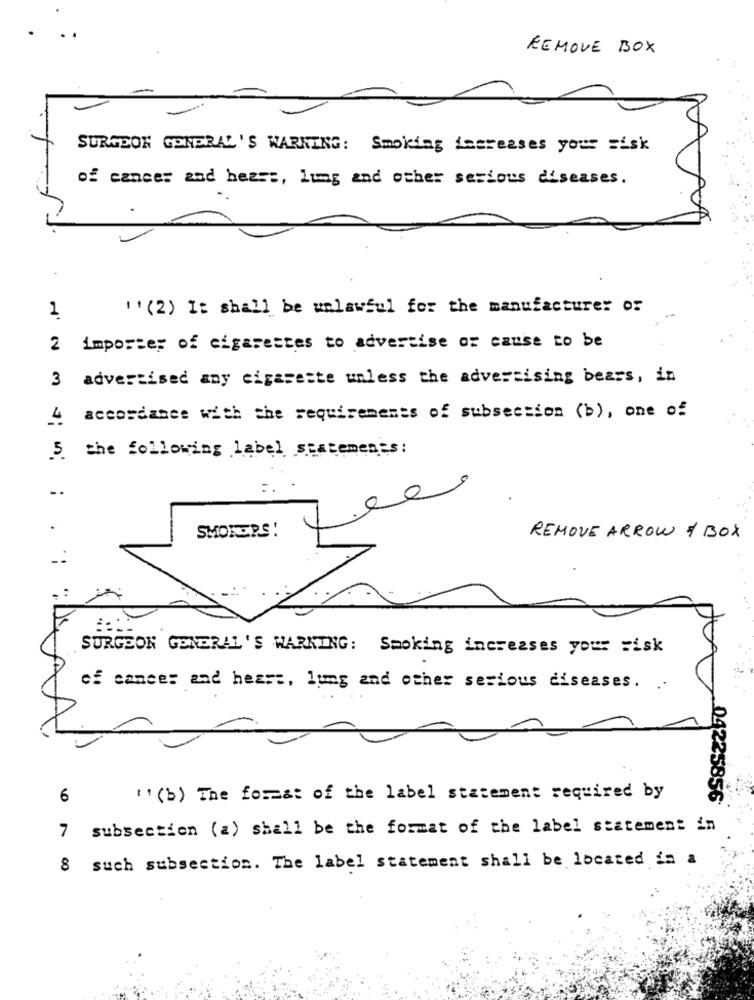
REMOVE BOX
SURGEON GENERAL'S WARNING: Smoking increases your sisk
of cancer and hezs :, lung and other serious diseases.
"' (2) It shall be unlawful for the manufacturer of
1
2 importer of cigarettes to advertise or cause to be
3 advertised any cigarette unless the advertising bears, in
4 accordance with the requirements of subsection (b), one of
5. the following label statements:
SMOKERS!
REMOVE ARROW / BOX
SURGEON GENERAL'S WARKING: Smoking increases your wisk
of cancer and heart, lumg and other sesious diseases. ..
6
"' (b) The forma: of the label statement required by
04225856
7 subsection (2) shall be the format of the label statement in
8 such subsection. The label statement shall be located in a